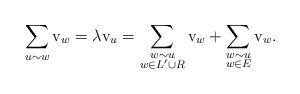
LaTeX: \begin{align*}\sum_{u\sim w} \mathbf{\mathrm{v}}_w = \lambda \mathbf{\mathrm{v}}_u = \sum_{\substack{w\sim u\\ w\in L'\cup R}} \mathbf{\mathrm{v}}_w + \sum_{\substack{w\sim u\\ w\in E}} \mathbf{\mathrm{v}}_w.\end{align*}